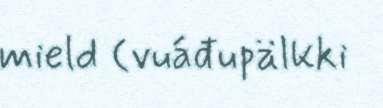
mield (vuáđupälkki